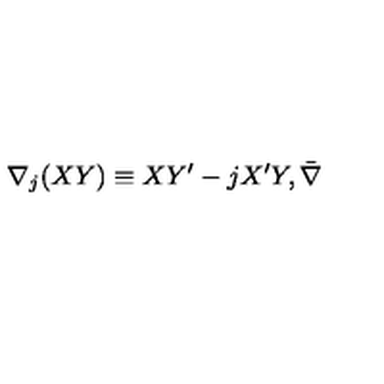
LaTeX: \nabla _ { j } ( X Y ) \equiv X Y ^ { \prime } - j X ^ { \prime } Y , \bar { \nabla }